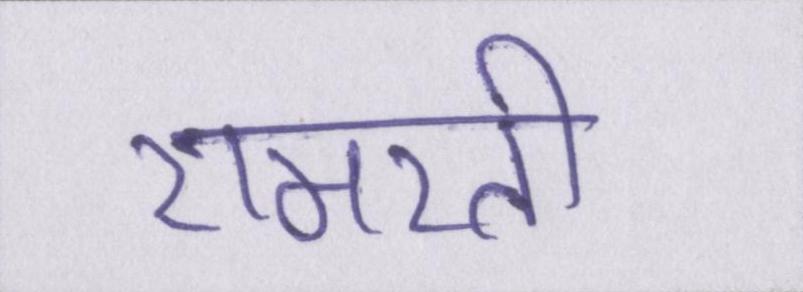
रामरती